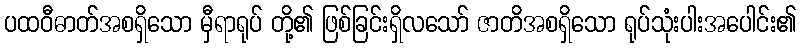
ပထဝီဓာတ်အစရှိသော မှီရာရုပ် တို့၏ ဖြစ်ခြင်းရှိလသော် ဇာတိအစရှိသော ရုပ်သုံးပါးအပေါင်း၏